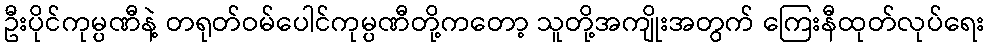
ဦးပိုင်ကုမ္ပဏီနဲ့ တရုတ်ဝမ်ပေါင်ကုမ္ပဏီတို့ကတော့ သူတို့အကျိုးအတွက် ကြေးနီထုတ်လုပ်ရေး